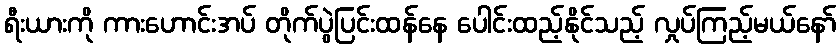
ရီးယားကို ကားဟောင်းအပ် တိုက်ပွဲပြင်းထန်နေ ပေါင်းထည့်နိုင်သည့် လှုပ်ကြည့်မယ်နော်